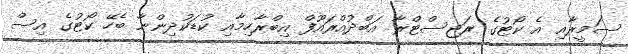
ސަމީރާއި އެ ކޯޓުގެ ރަޖިސްޓްރާ އަބްދުއްރައޫފް އިބްރާހިމާއި ކުޑަކުދިންނާ ބެހޭ ކޯޓުގެ އިސް